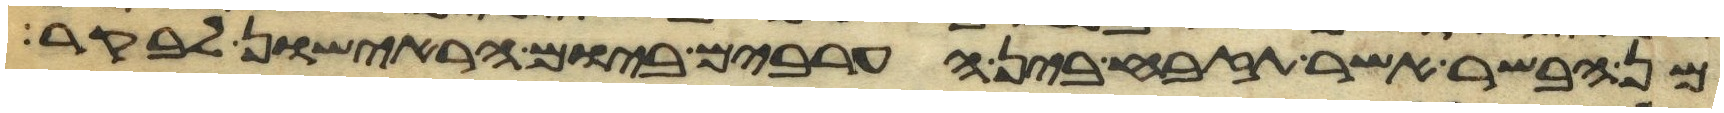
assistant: מן הבשר אשר תזבח בין הערבים ביום הראישון לבקר